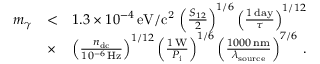
\begin{array} { r l r } { m _ { \gamma } } & { < } & { 1 . 3 \times 1 0 ^ { - 4 } \, \mathrm { e V / c ^ { 2 } } \, \left( \frac { S _ { 1 2 } } { 2 } \right) ^ { 1 / 6 } \left( \frac { 1 \, \mathrm { d a y } } { \tau } \right) ^ { 1 / 1 2 } } \\ & { \times } & { \left( \frac { n _ { \mathrm { d c } } } { 1 0 ^ { - 6 } \, \mathrm { H z } } \right) ^ { 1 / 1 2 } \left( \frac { 1 \, \mathrm { W } } { P _ { \mathrm { i } } } \right) ^ { 1 / 6 } \left( \frac { 1 0 0 0 \, \mathrm { n m } } { \lambda _ { \mathrm { s o u r c e } } } \right) ^ { 7 / 6 } \, . } \end{array}